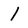
Character: l